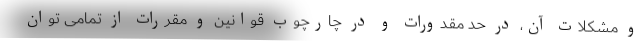
و مشکلات آن، در حد مقدورات و در چارچوب قوانین و مقررات از تمامی توان